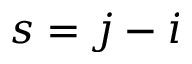
s = j - i